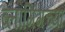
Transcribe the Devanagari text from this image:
ब्लॉगिंगच्या